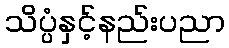
သိပ္ပံနှင့်နည်းပညာ